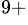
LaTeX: ^{9+}